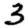
Digit: 3